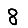
Digit: 8